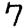
Digit: 7